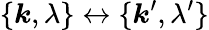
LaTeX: \{ \boldsymbol{k},\lambda\} \leftrightarrow\{ \boldsymbol{k}^{\prime},\lambda^{\prime}\}